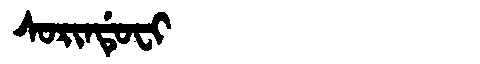
Manchu: ᠰᠣᡵᡳᠨᡩᡠᠸᡳ
Romanization: SORINDUFI